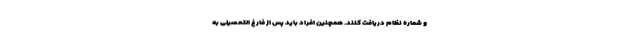
و شماره نظام دریافت کنند. همچنین افراد باید پس از فارغ التحصیلی به